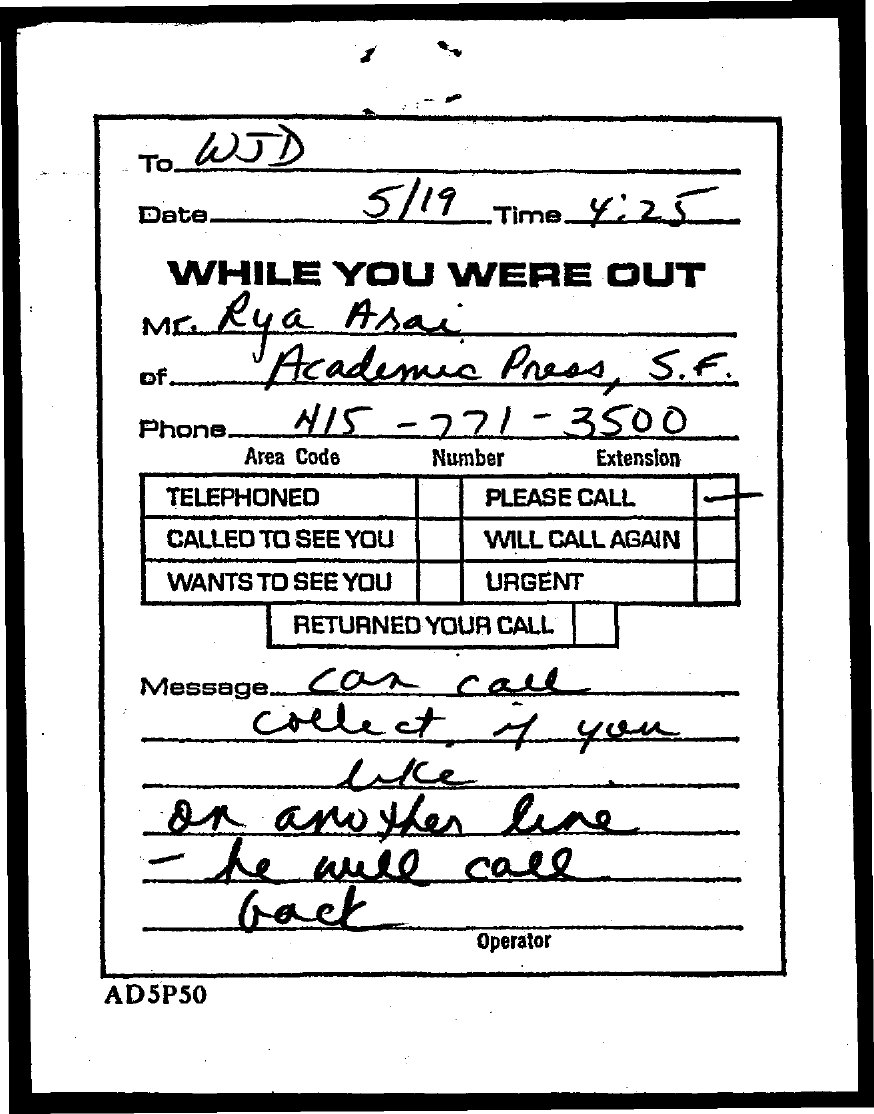
TO WJD
     5/19
     Date    Time _4:25
     WHILE    YOU   WERE    OUT
     Mr. Rya   Asai
     of    Academic   Press,  S.F.
     Phone   115  - 271  - 3500
     Area Code Number  Extension
     TELEPHONED    PLEASE CALL
     CALLED TO SEE YOU WILL CALL AGAIN
     WANTS TO SEE YOU URGENT
     RETURNED YOUR CALL
     Message ...... Car call
     collect    of   you
     lille
     on    another    live
     he   will    call
     back
     Operator
     AD5P50